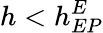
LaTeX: h<h_{EP}^{E}